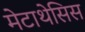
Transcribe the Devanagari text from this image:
मेटाथेसिस